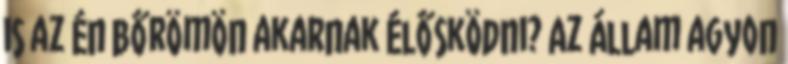
is az én bőrömön akarnak élősködni? Az állam agyon